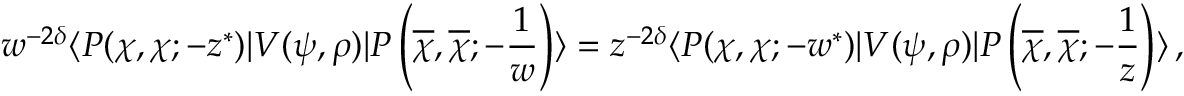
w ^ { - 2 \delta } \langle P ( \chi , \chi ; - z ^ { \ast } ) | V ( \psi , \rho ) | P \left( \overline { { \chi } } , \overline { { \chi } } ; - { \frac { 1 } { w } } \right) \rangle = z ^ { - 2 \delta } \langle P ( \chi , \chi ; - w ^ { \ast } ) | V ( \psi , \rho ) | P \left( \overline { { \chi } } , \overline { { \chi } } ; - { \frac { 1 } { z } } \right) \rangle \, ,